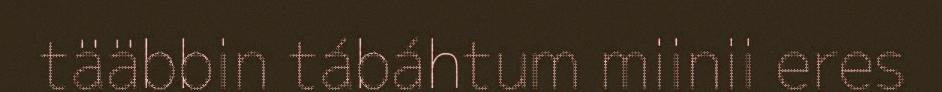
tääbbin tábáhtum miinii eres